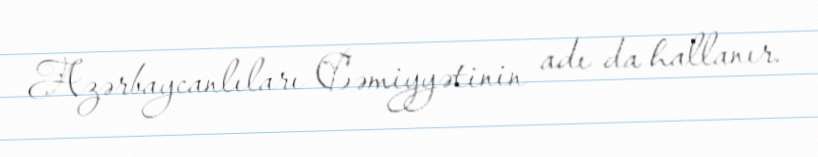
Azərbaycanlıları Cəmiyyətinin adı da hallanır.